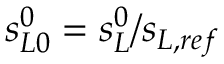
s _ { L 0 } ^ { 0 } = s _ { L } ^ { 0 } / s _ { L , r e f }